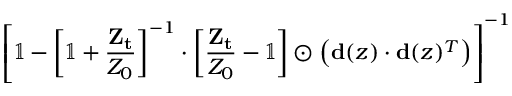
\left[ \mathbb { 1 } - \left[ \mathbb { 1 } + \frac { \mathbf { Z _ { t } } } { Z _ { 0 } } \right] ^ { - 1 } \cdot \left[ \frac { \mathbf { Z _ { t } } } { Z _ { 0 } } - \mathbb { 1 } \right] \odot \left( \mathbf { d } ( z ) \cdot \mathbf { d } ( z ) ^ { T } \right) \right] ^ { - 1 }